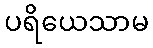
ပရိယေသာမ